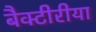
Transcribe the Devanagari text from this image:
बैक्टीरीया